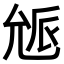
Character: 𠒕